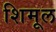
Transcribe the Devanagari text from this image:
शिमूल